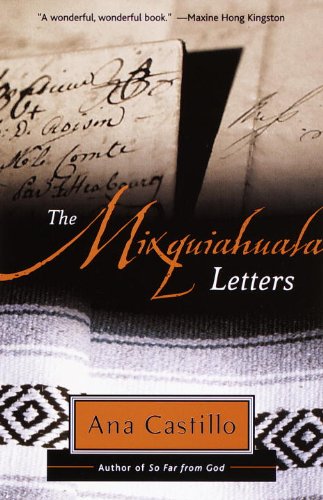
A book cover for The Mixquiahuala Letters; Ana Castillo; Literature & Fiction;